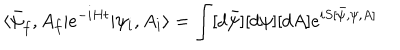
LaTeX: \langle \bar { \psi } _ { f } , A _ { f } | e ^ { - i H t } | \psi _ { i } , A _ { i } \rangle = \int [ d \bar { \psi } ] [ d \psi ] [ d A ] e ^ { i S [ \bar { \psi } , \psi , A ] }